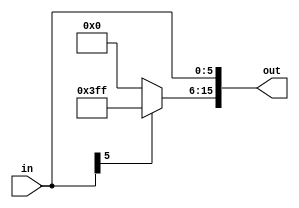
module se6_16(in,out);
input wire [5:0] in;
output reg [15:0] out;

reg [9:0] pad 	;

always @(*) 
begin 
   if (in[5])begin
	pad= 10'b1111111111;
	end
	else begin
	pad= 10'b0;
	end
	out = {pad,in};
end
endmodule